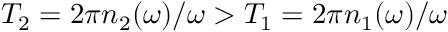
T _ { 2 } = 2 \pi n _ { 2 } ( \omega ) / \omega > T _ { 1 } = 2 \pi n _ { 1 } ( \omega ) / \omega